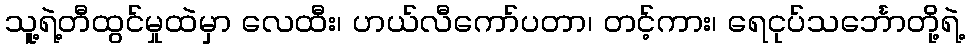
သူ့ရဲ့တီထွင်မှုထဲမှာ လေထီး၊ ဟယ်လီကော်ပတာ၊ တင့်ကား၊ ရေငုပ်သင်္ဘောတို့ရဲ့